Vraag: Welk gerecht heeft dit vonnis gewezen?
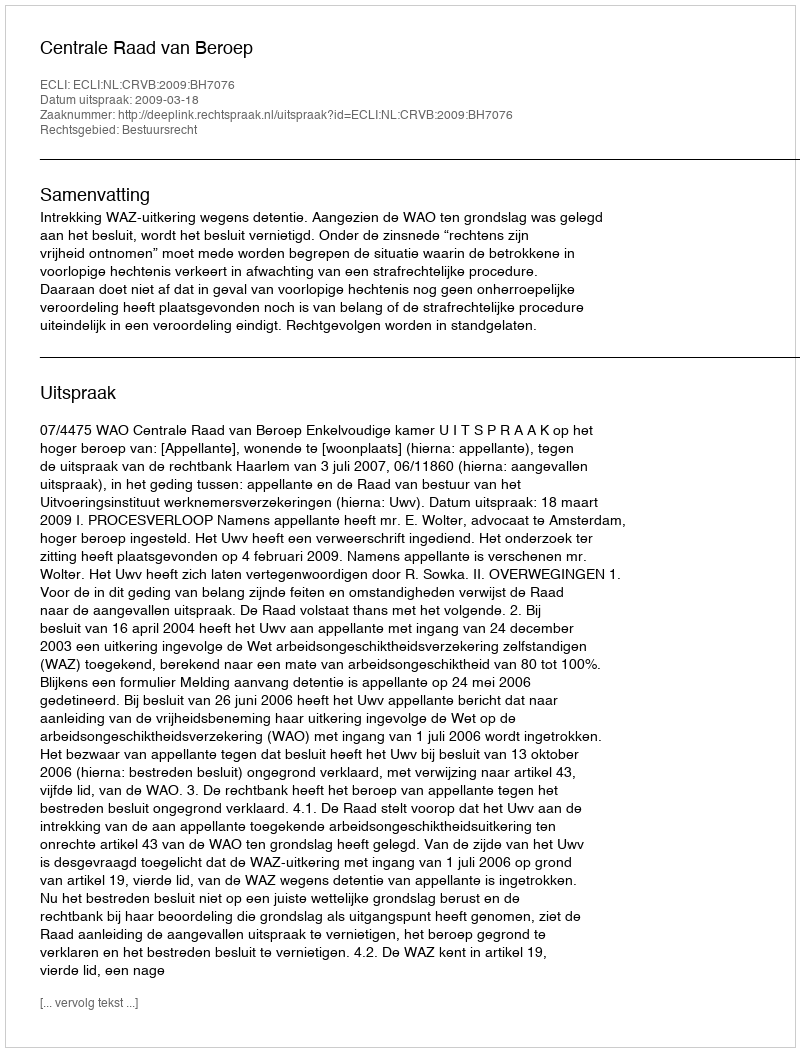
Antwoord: Centrale Raad van Beroep